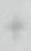
Text: +